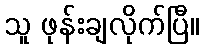
သူ ဖုန်းချလိုက်ပြီ။